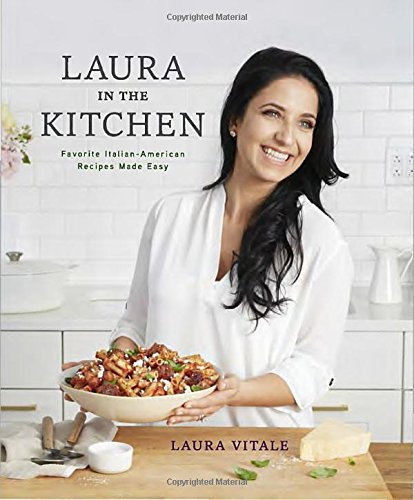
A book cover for Laura in the Kitchen: Favorite Italian-American Recipes Made Easy; Laura Vitale; Cookbooks, Food & Wine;